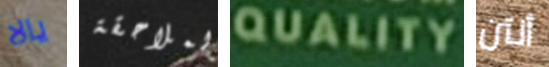
يالا لملاحقة QUALITY أنتن